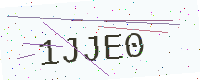
Text: 1JJE0